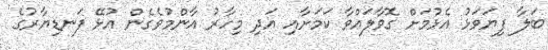
ބަލާ ފިޔަވަޅު އެޅުމަށް ގޮވާލައްވާ ކަމަށާއި އަދި މިހާރު އާންމުވެގެން އުޅޭ ފަނޑިޔާރުގެ